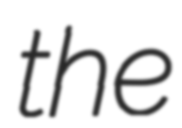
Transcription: the